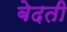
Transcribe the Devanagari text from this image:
बेदती